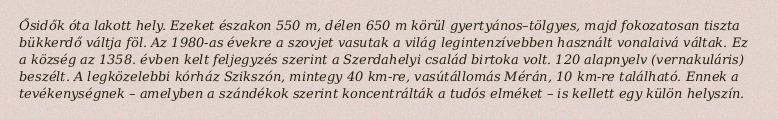
Ősidők óta lakott hely. Ezeket északon 550 m, délen 650 m körül gyertyános–tölgyes, majd fokozatosan tiszta bükkerdő váltja föl. Az 1980-as évekre a szovjet vasutak a világ legintenzívebben használt vonalaivá váltak. Ez a község az 1358. évben kelt feljegyzés szerint a Szerdahelyi család birtoka volt. 120 alapnyelv (vernakuláris) beszélt. A legközelebbi kórház Szikszón, mintegy 40 km-re, vasútállomás Mérán, 10 km-re található. Ennek a tevékenységnek – amelyben a szándékok szerint koncentrálták a tudós elméket – is kellett egy külön helyszín.